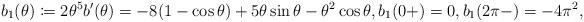
LaTeX: \begin{align*}b_1(\theta)\coloneqq2 \theta^5 b'(\theta) = -8(1-\cos \theta) + 5\theta\sin\theta - \theta^2\cos\theta,b_1(0+) = 0,b_1(2\pi-) = -4\pi^2,\end{align*}